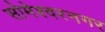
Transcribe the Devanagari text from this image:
सोमेश्वरनगर